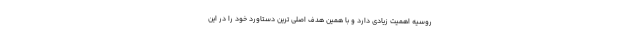
روسیه اهمیت زیادی دارد و با همین هدف اصلی ترین دستاورد خود را در این